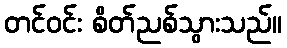
တင်ဝင်း စိတ်ညစ်သွားသည်။